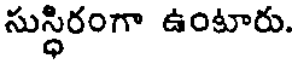
సుస్ధిరంగా ఉంటారు.